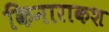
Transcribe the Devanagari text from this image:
किनाराकश